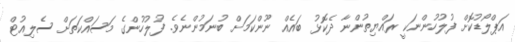
އަޕްލޯޑުކޮށް ފުލުހުންނަކީ ރައްޔިތުންނާ ދެކޮޅު ބައެއް ނޫންކަމަށް ބުނަމުންނެވެ. ފުލުހުންގެ މަސައްކަތަށް ސެލިއުޓް